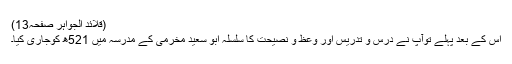
(قلائد الجواہر صفحہ13)
اس کے بعد پہلے توآپ نے درس و تدریس اور وعظ و نصیحت کا سلسلہ ابو سعید مخرمی کے مدرسہ میں 521ھ کوجاری کیا۔